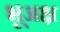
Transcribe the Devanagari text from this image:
भूअक्ष